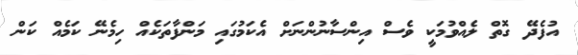
އުފެދޭ ގޮތް ލެއްވުމަކީ ވެސް އިންސާނުންނަށް އެކަމުގައި މަންފާތަކެއް ހިމެނޭ ކަމެއް ކަން